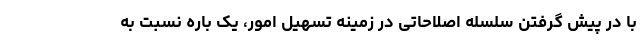
با در پیش گرفتن سلسله اصلاحاتی در زمینه تسهیل امور، یک باره نسبت به